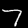
Digit: 7